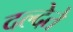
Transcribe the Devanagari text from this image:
दल्देते